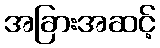
အခြားအဆင့်